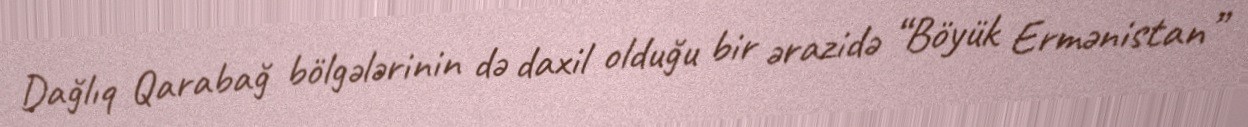
Dağlıq Qarabağ bölgələrinin də daxil olduğu bir ərazidə “Böyük Ermənistan”